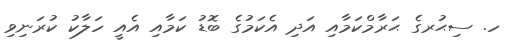
ހ. ސިޙުރގެ ޙަރާމްކަމާއި އަދި އެކަމުގެ ބޮޑު ކަމާއި އެއީ ހަލާކު ކުރަނިވި